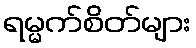
ရမ္မက်စိတ်များ